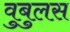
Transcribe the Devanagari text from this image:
वुबुलस